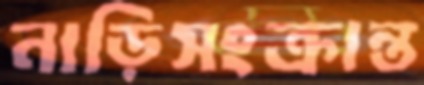
নাড়িসংক্রান্ত